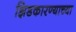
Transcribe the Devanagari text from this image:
झिडकारण्याच्या